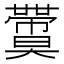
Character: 𡚙